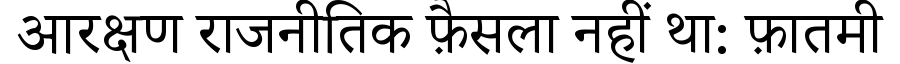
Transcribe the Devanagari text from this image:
आरक्षण राजनीतिक फ़ैसला नहीं था: फ़ातमी